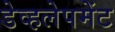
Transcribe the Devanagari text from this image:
डेव्हलेपमेंट